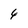
Character: 4